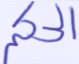
الحكم